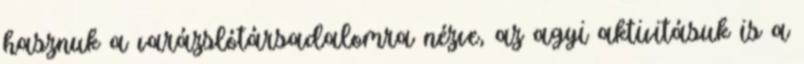
hasznuk a varázslótársadalomra nézve, az agyi aktivitásuk is a